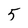
Character: 5